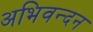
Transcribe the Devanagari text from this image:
अभिवन्दन